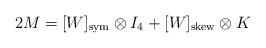
LaTeX: \begin{align*} 2 M = [W]_\mathrm{{sym}}\otimes I_{4}+[W]_\mathrm{{skew}}\otimes K\end{align*}